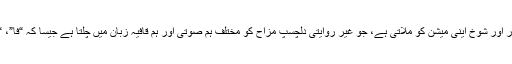
موسیقی وڈیو دہرائے گئے اشعار اور شوخ اینی میشن کو ملاتی ہے، جو غیر روایتی دلچسپ مزاح کو مختلف ہم صوتی اور ہم قافیہ زبان میں چلتا ہے جیسا کہ “فا”، “فن”، “8”، “ہوا (مطلب پھول)”۔